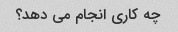
چه کاری انجام می دهد؟